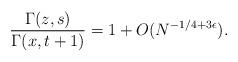
LaTeX: \begin{align*}\frac{\Gamma(z,s)}{\Gamma(x,t+1)} = 1 + O(N^{-1/4 + 3 \epsilon}).\end{align*}